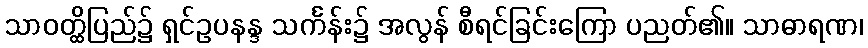
သာဝတ္ထိပြည်၌ ရှင်ဥပနန္ဒ သင်္ကန်း၌ အလွန် စီရင်ခြင်းကြော ပညတ်၏။ သာဓာရဏ၊